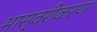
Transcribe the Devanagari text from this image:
भास्वरीकरण